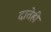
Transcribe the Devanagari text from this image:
दातेही